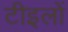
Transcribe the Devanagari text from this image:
टीइलों